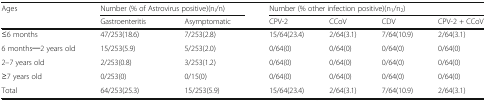
| <ROWSPAN=2> Ages | <COLSPAN=2> Number (% of Astrovirus positive)(ni/n) | <COLSPAN=4> Number (% other infection positive)(n1/n2) |
 | Gastroenteritis | Asymptomatic | CPV-2 | CCoV | CDV | CPV-2 + CCoV |
 | --- | --- | --- | --- | --- | --- | --- |
 | ≤6 months | 47/253(18.6) | 7/253(2.8) | 15/64(23.4) | 2/64(3.1) | 7/64(10.9) | 2/64(3.1) |
 | 6 months─2 years old | 15/253(5.9) | 5/253(2.0) | 0/64(0) | 0/64(0) | 0/64(0) | 0/64(0) |
 | 2–7 years old | 2/253(0.8) | 3/253(1.2) | 0/64(0) | 0/64(0) | 0/64(0) | 0/64(0) |
 | ≥7 years old | 0/253(0) | 0/15(0) | 0/64(0) | 0/64(0) | 0/64(0) | 0/64(0) |
 | Total | 64/253(25.3) | 15/253(5.9) | 15/64(23.4) | 2/64(3.1) | 7/64(10.9) | 2/64(3.1) |